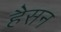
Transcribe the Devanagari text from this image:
हैसन